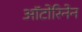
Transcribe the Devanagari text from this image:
ऑटोरिनेन